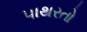
પાથરતો